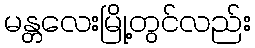
မန္တလေးမြို့တွင်လည်း